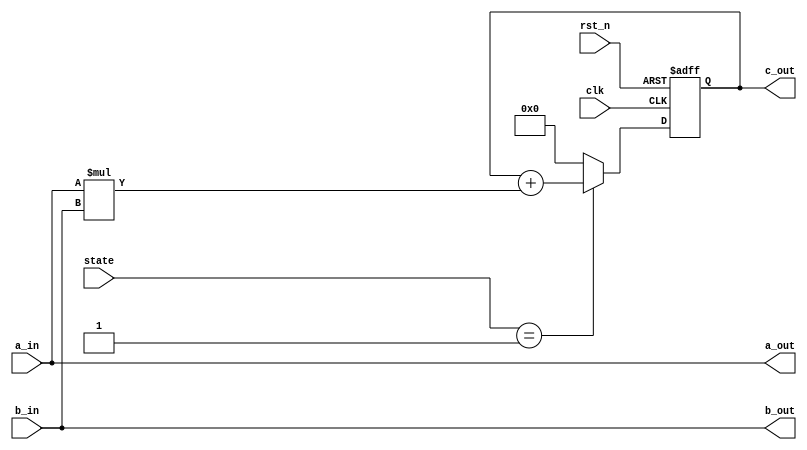
//`define Data_size 8

module unit (a_in,b_in,state,
            clk,rst_n,
            a_out,b_out,c_out 
);

 input [7:0]a_in,b_in;
 input clk,rst_n;
 input [2:0]state;
 output[7:0]a_out,b_out;
 output [31:0]c_out;

 reg [31:0]result;

always@(posedge clk or negedge rst_n) begin
    if(!rst_n) begin     //reset
        result <= 0;
    end else begin      //compute 
        if(state == 'd1)begin
            result <= result + (a_in*b_in);
//            a_out <= a_in;
//            b_out <= b_in;
        end else begin
            result <= 0;
        end
    end
end

assign a_out = a_in;
assign b_out = b_in;
assign c_out = result; 

endmodule